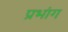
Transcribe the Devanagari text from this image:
प्रभांग